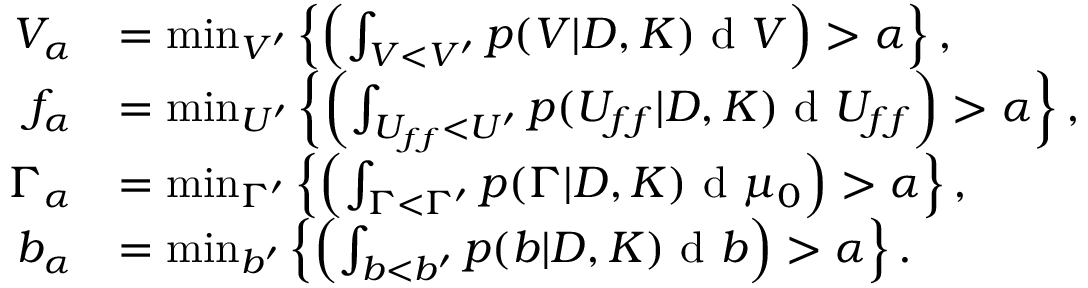
\begin{array} { r l } { V _ { \alpha } } & { = \operatorname* { m i n } _ { V ^ { \prime } } \left\{ \left( \int _ { V < V ^ { \prime } } p ( V | D , K ) \textup { d } V \right) > \alpha \right\} , } \\ { f _ { \alpha } } & { = \operatorname* { m i n } _ { U ^ { \prime } } \left\{ \left( \int _ { U _ { f f } < U ^ { \prime } } p ( U _ { f f } | D , K ) \textup { d } U _ { f f } \right) > \alpha \right\} , } \\ { \Gamma _ { \alpha } } & { = \operatorname* { m i n } _ { \Gamma ^ { \prime } } \left\{ \left( \int _ { \Gamma < \Gamma ^ { \prime } } p ( \Gamma | D , K ) \textup { d } \mu _ { 0 } \right) > \alpha \right\} , } \\ { b _ { \alpha } } & { = \operatorname* { m i n } _ { b ^ { \prime } } \left\{ \left( \int _ { b < b ^ { \prime } } p ( b | D , K ) \textup { d } b \right) > \alpha \right\} . } \end{array}